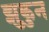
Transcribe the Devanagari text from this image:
झुकुन